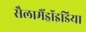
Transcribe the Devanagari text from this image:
सैलामैंड्रॉइडिया